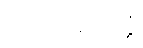
လဟုပရိဝတ္တံ